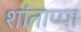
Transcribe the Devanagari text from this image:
शांताप्पा